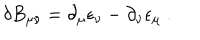
\delta B _ { \mu \nu } = \partial _ { \mu } \epsilon _ { \nu } - \partial _ { \nu } \epsilon _ { \mu } \ .